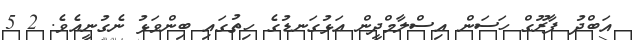
އަބްދު ފާރޫގް ހަސަން އިސްލާމްދީން އަޅުގަނޑުގެ ހިތުގައި ބިންވަޅު ނެގުނީއެވެ. 2 5